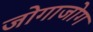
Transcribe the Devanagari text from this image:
जोगाजोग